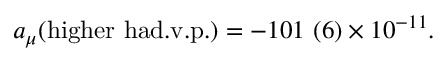
a _ { \mu } ( \mathrm { h i g h e r ~ h a d . v . p . } ) = - 1 0 1 \ ( 6 ) \times 1 0 ^ { - 1 1 } .